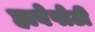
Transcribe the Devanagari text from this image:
हावेपोटी